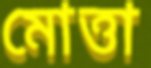
মোত্তা